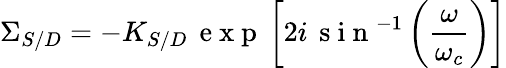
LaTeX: \Sigma_{S/D}=-K_{S/D}\, \mathrm{~e~x~p~}\left[2i\, \mathrm{~s~i~n~}^{-1}\left(\frac{\omega}{\omega_{c}}\right)\right]